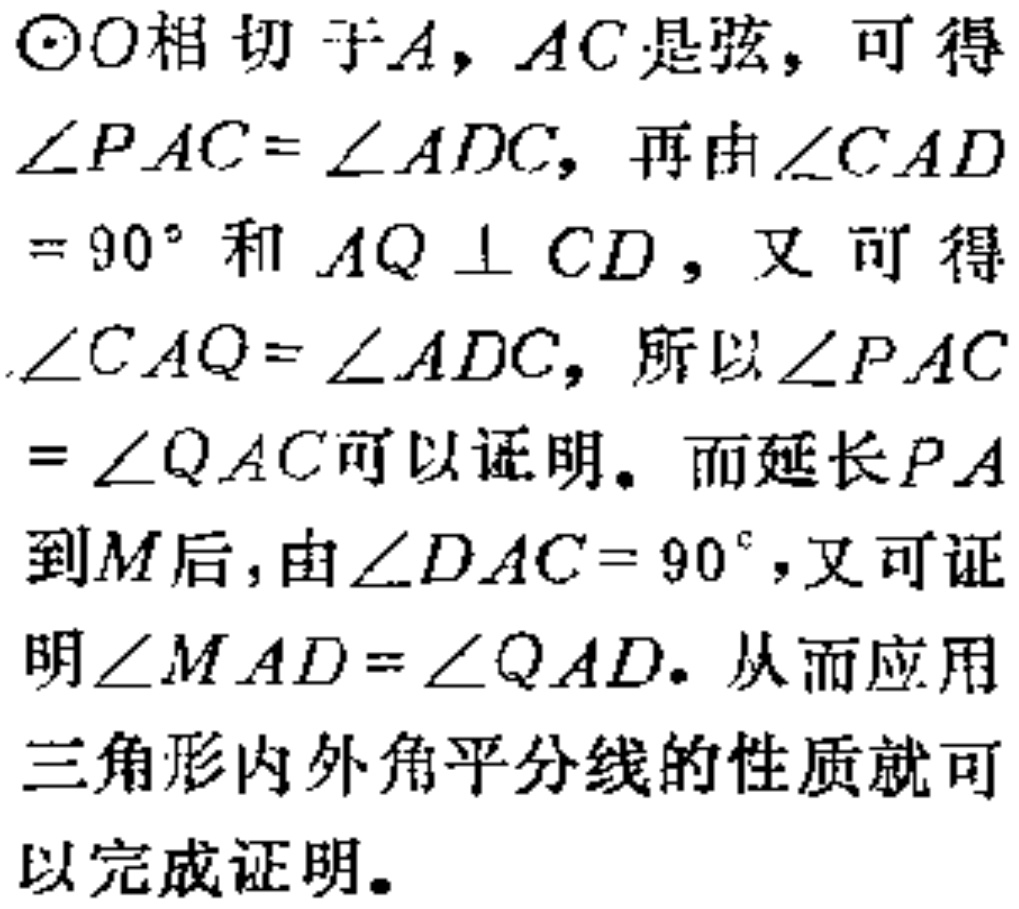
$\odot O$相切于$A$，$AC$是弦，可得$\angle PAC = \angle ADC$，再由$\angle CAD = 90^{\circ}$和$AQ \perp CD$，又可得$\angle CAQ = \angle ADC$，所以$\angle PAC = \angle QAC$可以证明。而延长$PA$到$M$后，由$\angle DAC = 90^{\circ}$，又可证明$\angle MAD = \angle QAD$。从而应用三角形内外角平分线的性质就可以完成证明。